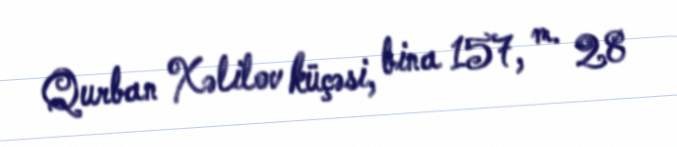
Qurban Xəlilov küçəsi, bina 157, m. 28